Lunatic asylums Madras 1892-1911 - 1892-1911
Year: 1892
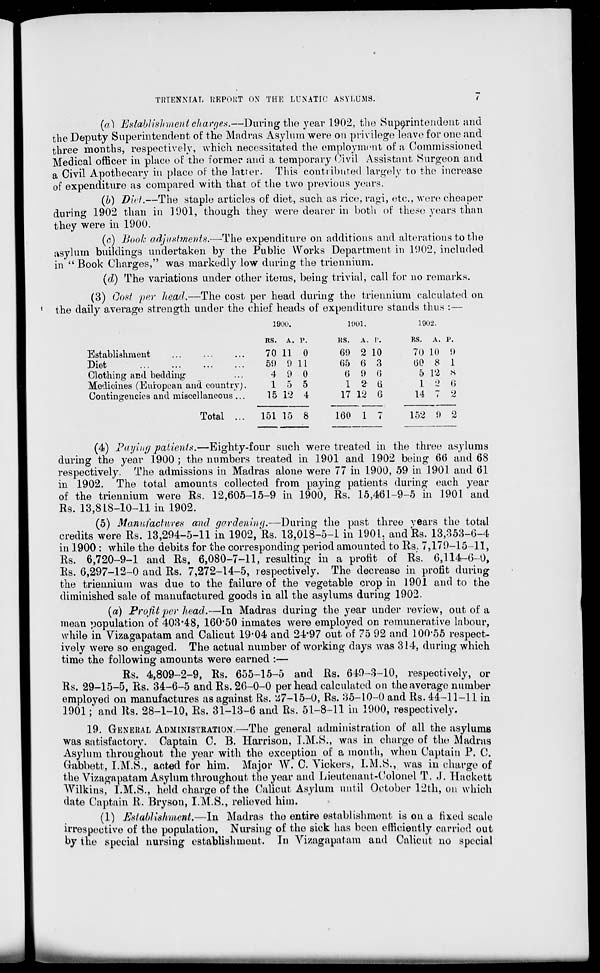
TRIENNIAL REPORT ON THE LUNATIC ASYLUMS.
(a) Establishment charges.—During the year 1902, the Superintendent and
the Deputy Superintendent of the Madras Asylum were on privilege leave for one and
three months, respectively, which necessitated the employment of a Commissioned
Medical officer in place of the former find a temporary Civil Assistant Surgeon and
a Civil Apothecary in place of the latter. This contributed largely to the increase
of expenditure as compared with that of the two previous years.
(b) Diet.—The staple articles of diet, such as rice, ragi, etc., were cheaper
during 1902 than in 1901, though they were dearer in both of these years than
they were in 1900.
(e) Book adjustments.—The expenditure on additions and alterations to the
asylum buildings undertaken by the Public Works Department in 1002, included
in "Book Charges," was markedly low during the triennium.
(d) The variations under other items, being trivial, call for no remarks.
(3) Gost per head.—The cost per head during the triennium calculated on
the daily average strength under the chief heads of expenditure stands thus :—
1900.
1001.
1902.
Establishment
Diet
Clothing and bedding
Medicines (European and country].
Contingencies and miscellaneous
Total
RS. A. P.
ES. A. 1'.
RS. A. p.
70 11 0
69 2 10
70 10 9
59 9 11
05 6 3
(50 8 1
4 9 0
0 9 (>
5 12 N
15 5
1 2 6
1 2 6
15 12 4
17 12 6
14 7 2
151 15 8
160 1 7
152 9 2
(4) Faying patients.—Eighty-four such were treated in the three asylums
during the year 1900 ; the numbers treated in 1901 and 1902 being 66 and 68
respectively. The admissions in Madras alone were 77 in 1900, 59 in 1901 and 61
in 1902. The total amounts collected from paying patients during each year
of the triennium were Rs. 12,605-15-9 in 1900, Rs. 15,461-9-5 in 1901 and
Rs. 13,818-10-11 in 1902.
(5) Manufacture* and gardening,—During the past three rears the total
credits were Rs. 13,294-5-11 in 1902, Rs. 13,013-5-1 in 1901. and Rs. 13,353-6-4
in 1900 : while the debits for the corresponding period amounted to Rs. 7,170-15-11,
Rs. 6,720-9-1 and Rs. 6,080-7-11, resulting in a profit of Rs. 6,114-6-0,
Rs. 6,297-12-0 and Rs. 7,272-14-5, respectively. The decrease in profit during
the triennium was due to the failure of the vegetable crop in 1901 and to the
diminished sale of manufactured goods in all the asylums during 1902.
(a) Profit per head.—In Madras during the year under review, out of a
mean population of 403*48, 160*50 inmates were employed on remunerative labour,
while in Vizagapatam and Calicut 19*04 and 24*97 out of 75 92 and 100*55 respect-
ively were so engaged. The actual number of working days was 314, during which
time the following amounts were earned :—
Rs. 4,809-2-9, Rs. 655-15-5 and Rs. 649-3-10, respectively, or
Rs. 29-15-5, Rs. 34-6-5 and Rs. 26-0-0 per head calculated on the average number
employed on manufactures as against Rs. ".47-15-0, Rs. 35-10-0 and Rs. 44-11-11 in
1901 ; and Rs. 28-1-10, Rs. 31-13-6 and Rs. 51-8-11 in 1900, respectively.
19. GMNEHAL ADMINISTRATION.—The general administration of all the asylums
was satisfactory. Captain C. B. Harrison, I.M.S., was in charge of the Madras
Asylum throughout the year with the exception of a month, when Captain P. C.
G-abbett, I.M.S., acted for him. Major W. C. Tickers, I.M.S., was in charge of
the VizagapatamAN3du.n1 throughout the year and Lieutenant-Colonel T. J, Hackott
Wilkins, I.M.S., held charge of the Calicut Asylum until October 12th, on which
date Captain R. Bryson, I.M.S., relieved him.
(1) Establishment.—In Madras the entire establishment is on a tix.ed scale
irrespective of the population. Nursing of the sick has been efficiently carried out
by the special nursing establishment. In Vizagapatam and Calicut no special